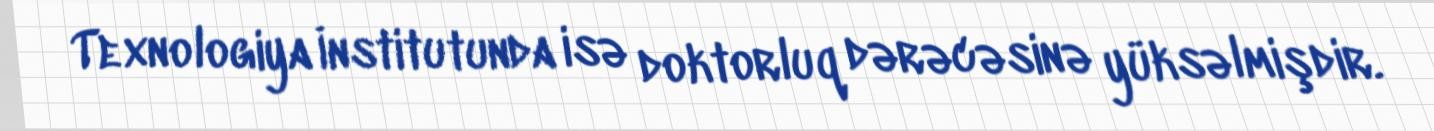
Texnologiya İnstitutunda isə doktorluq dərəcəsinə yüksəlmişdir.